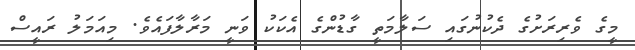
މީގެ ވެރިރަށުގެ ދެކުނުގައި ސަލާމަތީ ގާޑުންގެ އެކަކު ވަނީ މަރާލާފައެވެ. މިއަމަލު ރައީސް